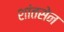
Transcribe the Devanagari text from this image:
शांतसेन